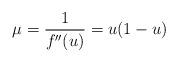
LaTeX: \begin{align*}\mu=\frac{1}{f^{\prime\prime}(u)}=u(1-u) \end{align*}